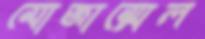
মোজাম্মেল